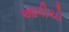
આવીયો